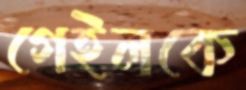
গেইলকে